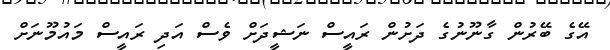
އޭގެ ބޭރުން ގާނޫނުގެ ދަށުން ރައީސް ނަޝީދަށް ވެސް އަދި ރައީސް މައުމޫނަށް